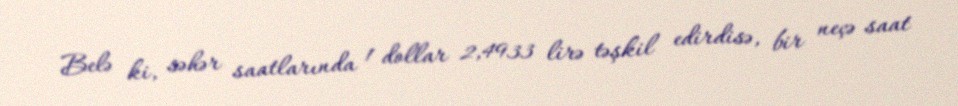
Belə ki, səhər saatlarında 1 dollar 2,4933 lirə təşkil edirdisə, bir neçə saat